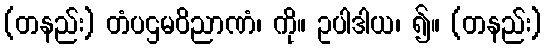
(တနည်း) တံပဌမဝိညာဏံ၊ ကို။ ဥပါဒါယ၊ ၍။ (တနည်း)